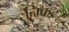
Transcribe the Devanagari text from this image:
निकट।